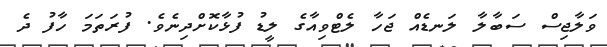
ވަލާޖިސް ސަބާލާ ލަނޑެއް ޖަހާ ލެޓްވިއާގެ ލީޑު ފުޅާކޮށްދިނެވެ. ފުރަތަމަ ހާފު ދެ